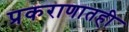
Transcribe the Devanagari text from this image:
प्रकराणातही